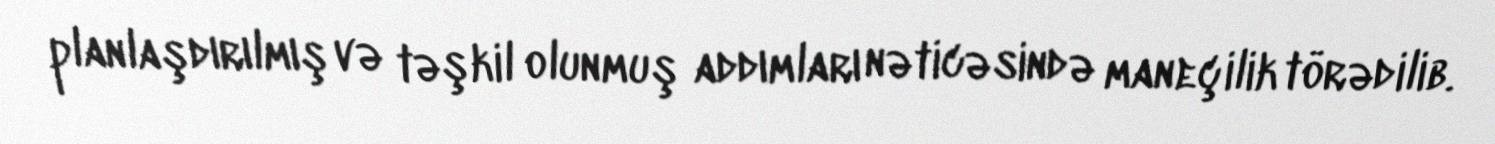
planlaşdırılmış və təşkil olunmuş addımları nəticəsində maneçilik törədilib.